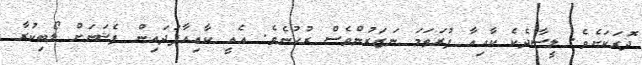
ދޮރަކަށެވެ. ލީސާދެކެ ކާއިއާ ފުރަތަމަ ނަޒަރުންވެސް ރުހުނެވެ. އެއީ ކާއިއާފަދައިން ފެޝަނަށް ލޯބިކުރާ